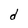
Character: d